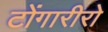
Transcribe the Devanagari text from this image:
टोंगारीरो